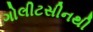
ગોલીટસીનથી